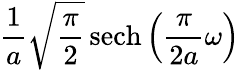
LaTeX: {\frac{1}{a}}{\sqrt{\frac{\pi}{2}}}\operatorname{sech}\left({\frac{\pi}{2a}}\omega\right)